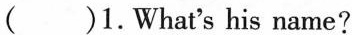
( )1.What's his name?